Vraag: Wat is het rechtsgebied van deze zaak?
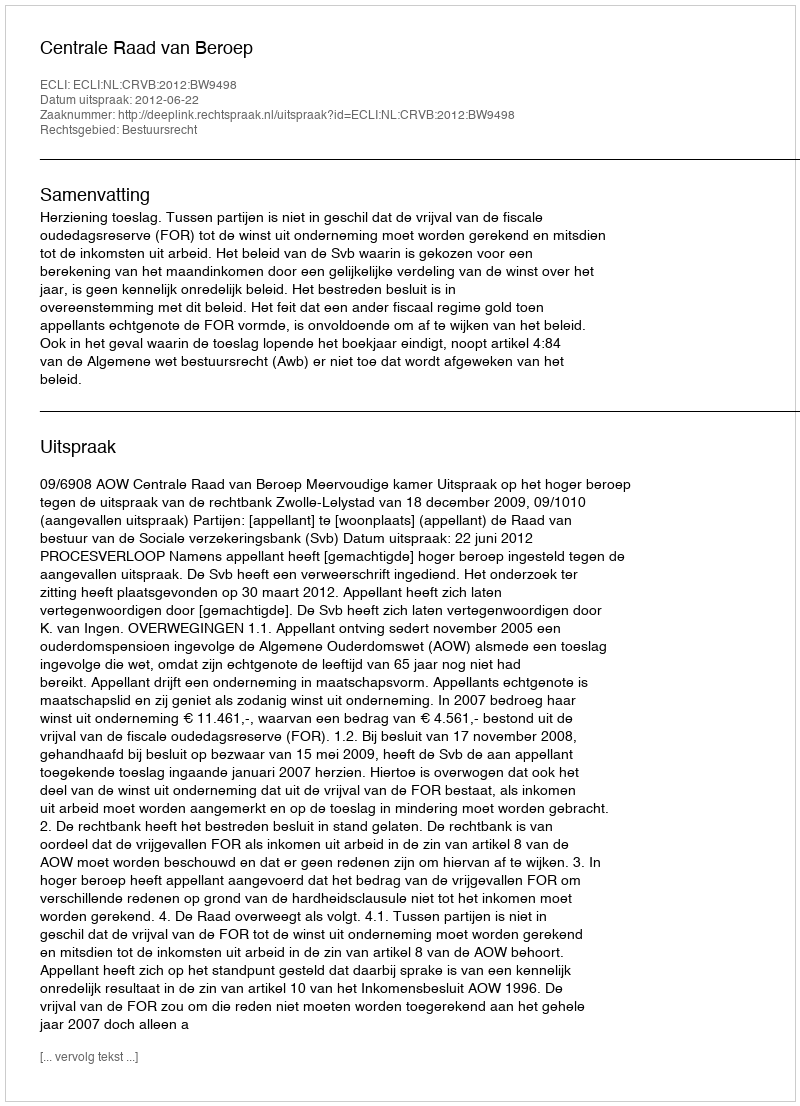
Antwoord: Bestuursrecht